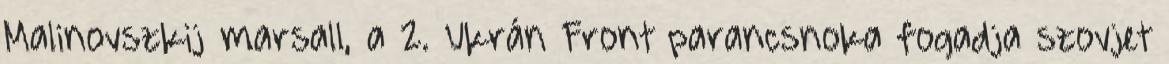
Malinovszkij marsall, a 2. Ukrán Front parancsnoka fogadja szovjet